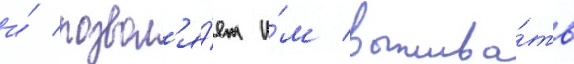
и́ позвол'я́ет и́м выжива́ть